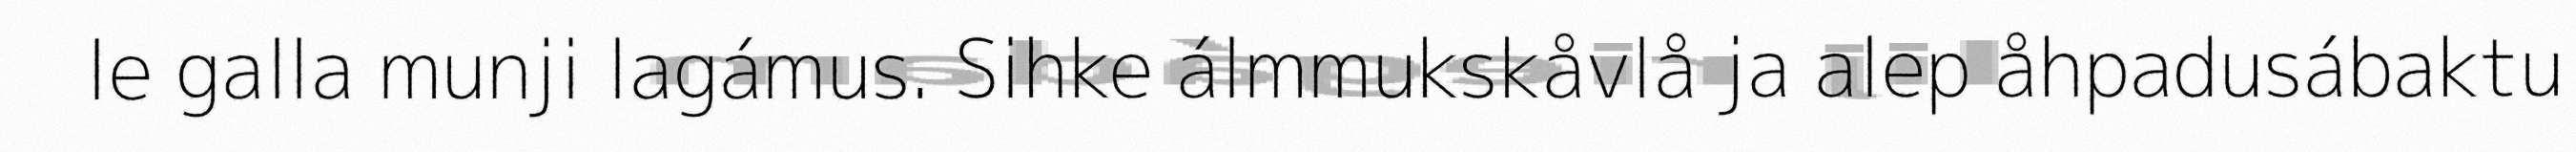
le galla munji lagámus. Sihke álmmukskåvlå ja alep åhpadusábaktu